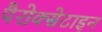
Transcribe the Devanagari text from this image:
पैरोक्सेटाइन